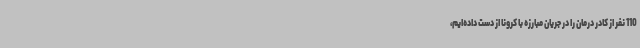
110 نفر از کادر درمان را در جریان مبارزه با کرونا از دست داده‌ایم،